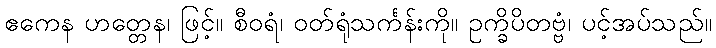
ဧကေန ဟတ္တေန၊ ဖြင့်။ စီဝရံ၊ ဝတ်ရုံသင်္ကန်းကို။ ဥက္ခိပိတဗ္ဗံ၊ ပင့်အပ်သည်။